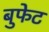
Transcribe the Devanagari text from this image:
बुफेट